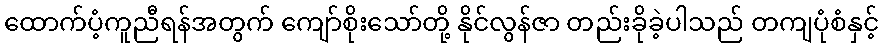
ထောက်ပံ့ကူညီရန်အတွက် ကျော်စိုးသော်တို့ နိုင်လွန်ဇာ တည်းခိုခဲ့ပါသည် တကျပုံစံနှင့်